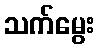
သက်မွေး